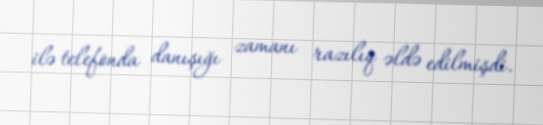
ilə telefonda danışığı zamanı razılıq əldə edilmişdi.